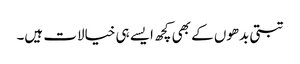
تبتی بدھوں کے بھی کچھ ایسے ہی خیالات ہیں۔